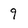
Character: 9